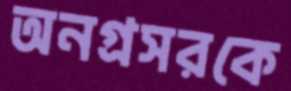
অনগ্রসরকে